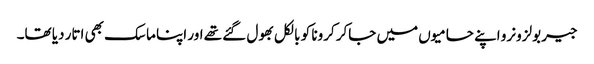
جیر بولزونرو اپنے حامیوں میں جاکر کرونا کو بالکل بھول گئے تھے اور اپنا ماسک بھی اتار دیا تھا۔